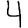
Digit: 4